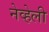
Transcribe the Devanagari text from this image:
नेव्हेली